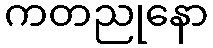
ကတညုနော